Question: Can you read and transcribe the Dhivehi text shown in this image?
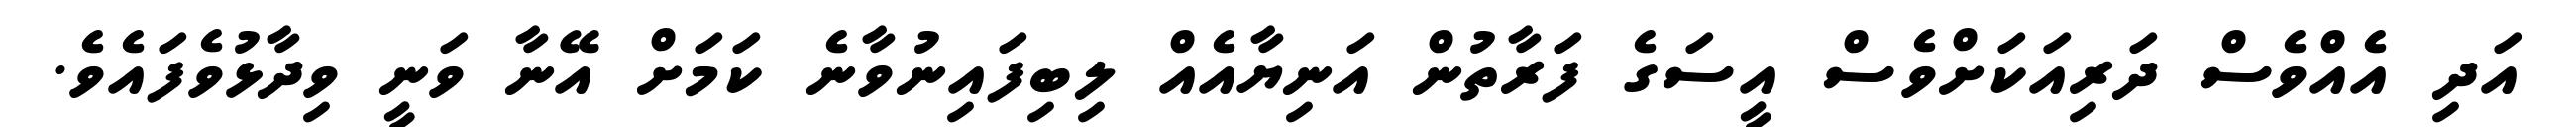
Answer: އަދި އެއްވެސް ދަރިއަކަށްވެސް އީސަގެ ފަރާތުން އަނިޔާއެއް ލިބިފައިނުވާނެ ކަމަށް އޭނާ ވަނީ ވިދާޅުވެފައެވެ.